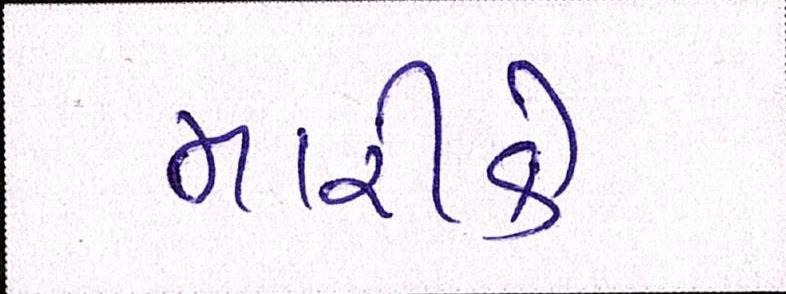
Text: મારીકે